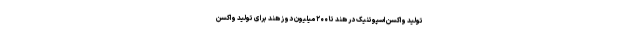
تولید واکسن اسپوتنیک در هند تا ۲۰۰ میلیون دوز هند برای تولید واکسن